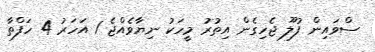
ސްވައިން ފުލޫ ޖެހިގެން އިތުރު މީހަކު ނިޔާވެއްޖެ 1 އަހަރު 4 ހަފްތާ